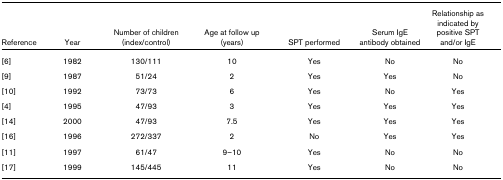
| Reference | Year | Number of children (index/control) | Age at follow up (years) | SPT performed | Serum IgE antibody obtained | Relationship as indicated by positive SPT and/or IgE |
 | --- | --- | --- | --- | --- | --- | --- |
 | [6] | 1982 | 130/111 | 10 | Yes | No | No |
 | [9] | 1987 | 51/24 | 2 | Yes | Yes | No |
 | [10] | 1992 | 73/73 | 6 | Yes | No | Yes |
 | [4] | 1995 | 47/93 | 3 | Yes | Yes | Yes |
 | [14] | 2000 | 47/93 | 7.5 | Yes | Yes | Yes |
 | [16] | 1996 | 272/337 | 2 | No | Yes | Yes |
 | [11] | 1997 | 61/47 | 9–10 | Yes | No | No |
 | [17] | 1999 | 145/445 | 11 | Yes | No | No |